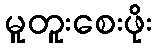
မူတူးစေးဖိုး